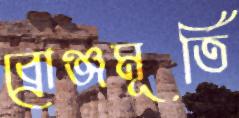
ব্রোঞ্জমূর্তি